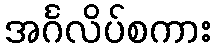
အင်္ဂလိပ်စကား